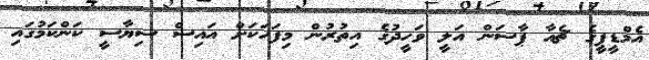
އެމްޑީޕީގެ ޗެއާ ޕާސަން އަލީ ވަހީދުގެ އިތުރުން މިފަހަކަށް އައިސް ސިޔާސީ ކަންކަމުގައި